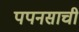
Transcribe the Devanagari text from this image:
पपनसाची